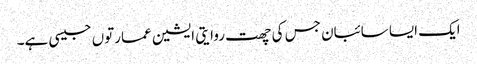
ایک ایسا سائبان جس کی چھت روایتی ایشین عمارتوں جیسی ہے۔